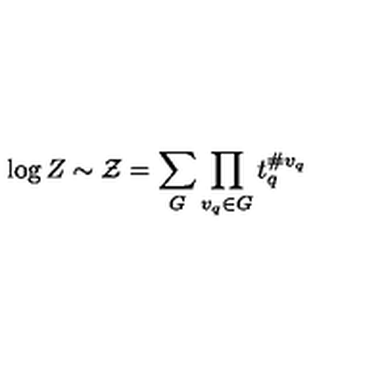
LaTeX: \log Z \sim { \cal Z } = \sum _ { G } \prod _ { v _ { q } \in G } t _ { q } ^ { \# v _ { q } }